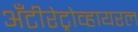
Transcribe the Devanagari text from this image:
अँटीरेट्रोव्हायरल